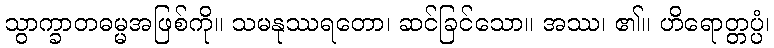
သွာက္ခာတဓမ္မအဖြစ်ကို။ သမနုဿရတော၊ ဆင်ခြင်သော။ အဿ၊ ၏။ ဟိရောတ္တပ္ပံ၊